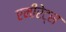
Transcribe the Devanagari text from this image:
एमीरेट्स